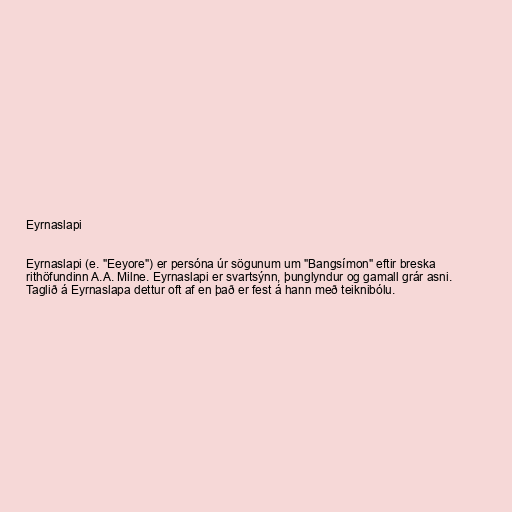
Eyrnaslapi

Eyrnaslapi (e. "Eeyore") er persóna úr sögunum um "Bangsímon" eftir breska
rithöfundinn A.A. Milne. Eyrnaslapi er svartsýnn, þunglyndur og gamall grár asni.
Taglið á Eyrnaslapa dettur oft af en það er fest á hann með teiknibólu.